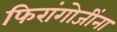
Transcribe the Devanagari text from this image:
फिरांगोजींना